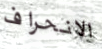
الانحراف